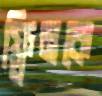
ফ্লিনকে